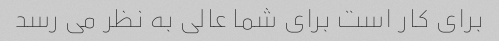
برای کار است برای شما عالی به نظر می رسد